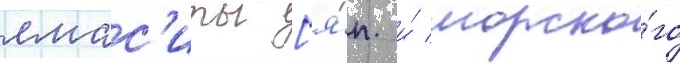
ямас'иты [я́п. и́ морско́го